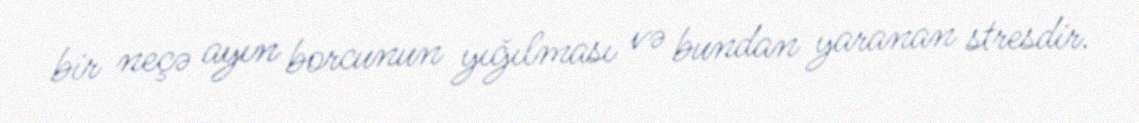
bir neçə ayın borcunun yığılması və bundan yaranan stresdir.